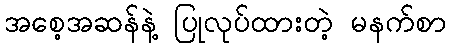
အစေ့အဆန်နဲ့ ပြုလုပ်ထားတဲ့ မနက်စာ